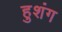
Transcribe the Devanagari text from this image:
हुशंग